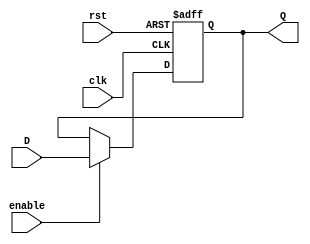
module eight_bit_register(D, enable, clk, rst, Q);
	input [7:0] D;
	input enable, clk, rst;
	output reg[7:0] Q;

	always @(posedge clk or posedge rst) begin
		if (rst == 1'b1)
			Q <= 8'b00000000;
		else if(enable)
			Q <= D;
	end
endmodule